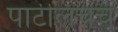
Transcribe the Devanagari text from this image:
पाटीलचंच